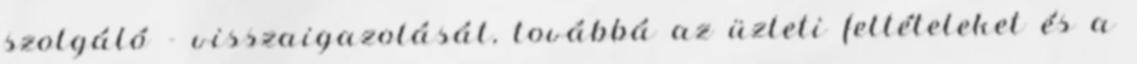
szolgáló - visszaigazolását, továbbá az üzleti feltételeket és a